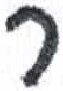
אות: ר